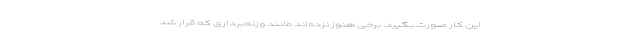
این کار صورت بگیرد. برخی هنوز نزده‌اند مانند وزنه‌برداری که قرار شد